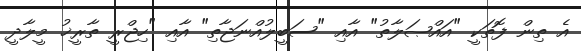
އެ ތިން ފޮތަކީ "އައްޞަލާތު" އާއި "ސަބީލުއްނަޖާތި" އާއި "ހިޖްރީ ތާރީޚު މީލާދީ